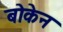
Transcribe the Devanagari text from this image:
बोकेन